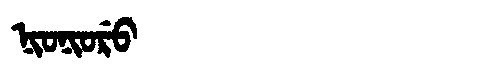
Manchu: ᠨᡳᠣᠨᡳᠣᡵᡠ
Romanization: NIONIORU